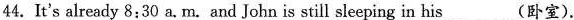
44. It's already 8:30 a. m. and John is still sleeping in his___ (卧室).